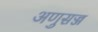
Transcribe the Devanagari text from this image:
अणुसज्ज